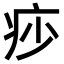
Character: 𤵌